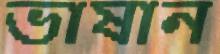
ভাষান